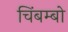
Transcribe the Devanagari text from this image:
चिंबम्बो